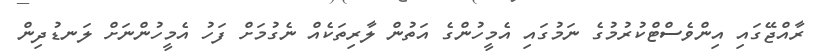
ރާއްޖޭގައި އިންވެސްޓްކުރުމުގެ ނަމުގައި އެމީހުންގެ އަތުން ލާރިތަކެއް ނެގުމަށް ފަހު އެމީހުންނަށް ލަނޑުދިން